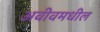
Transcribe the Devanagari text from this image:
अवीवमधील